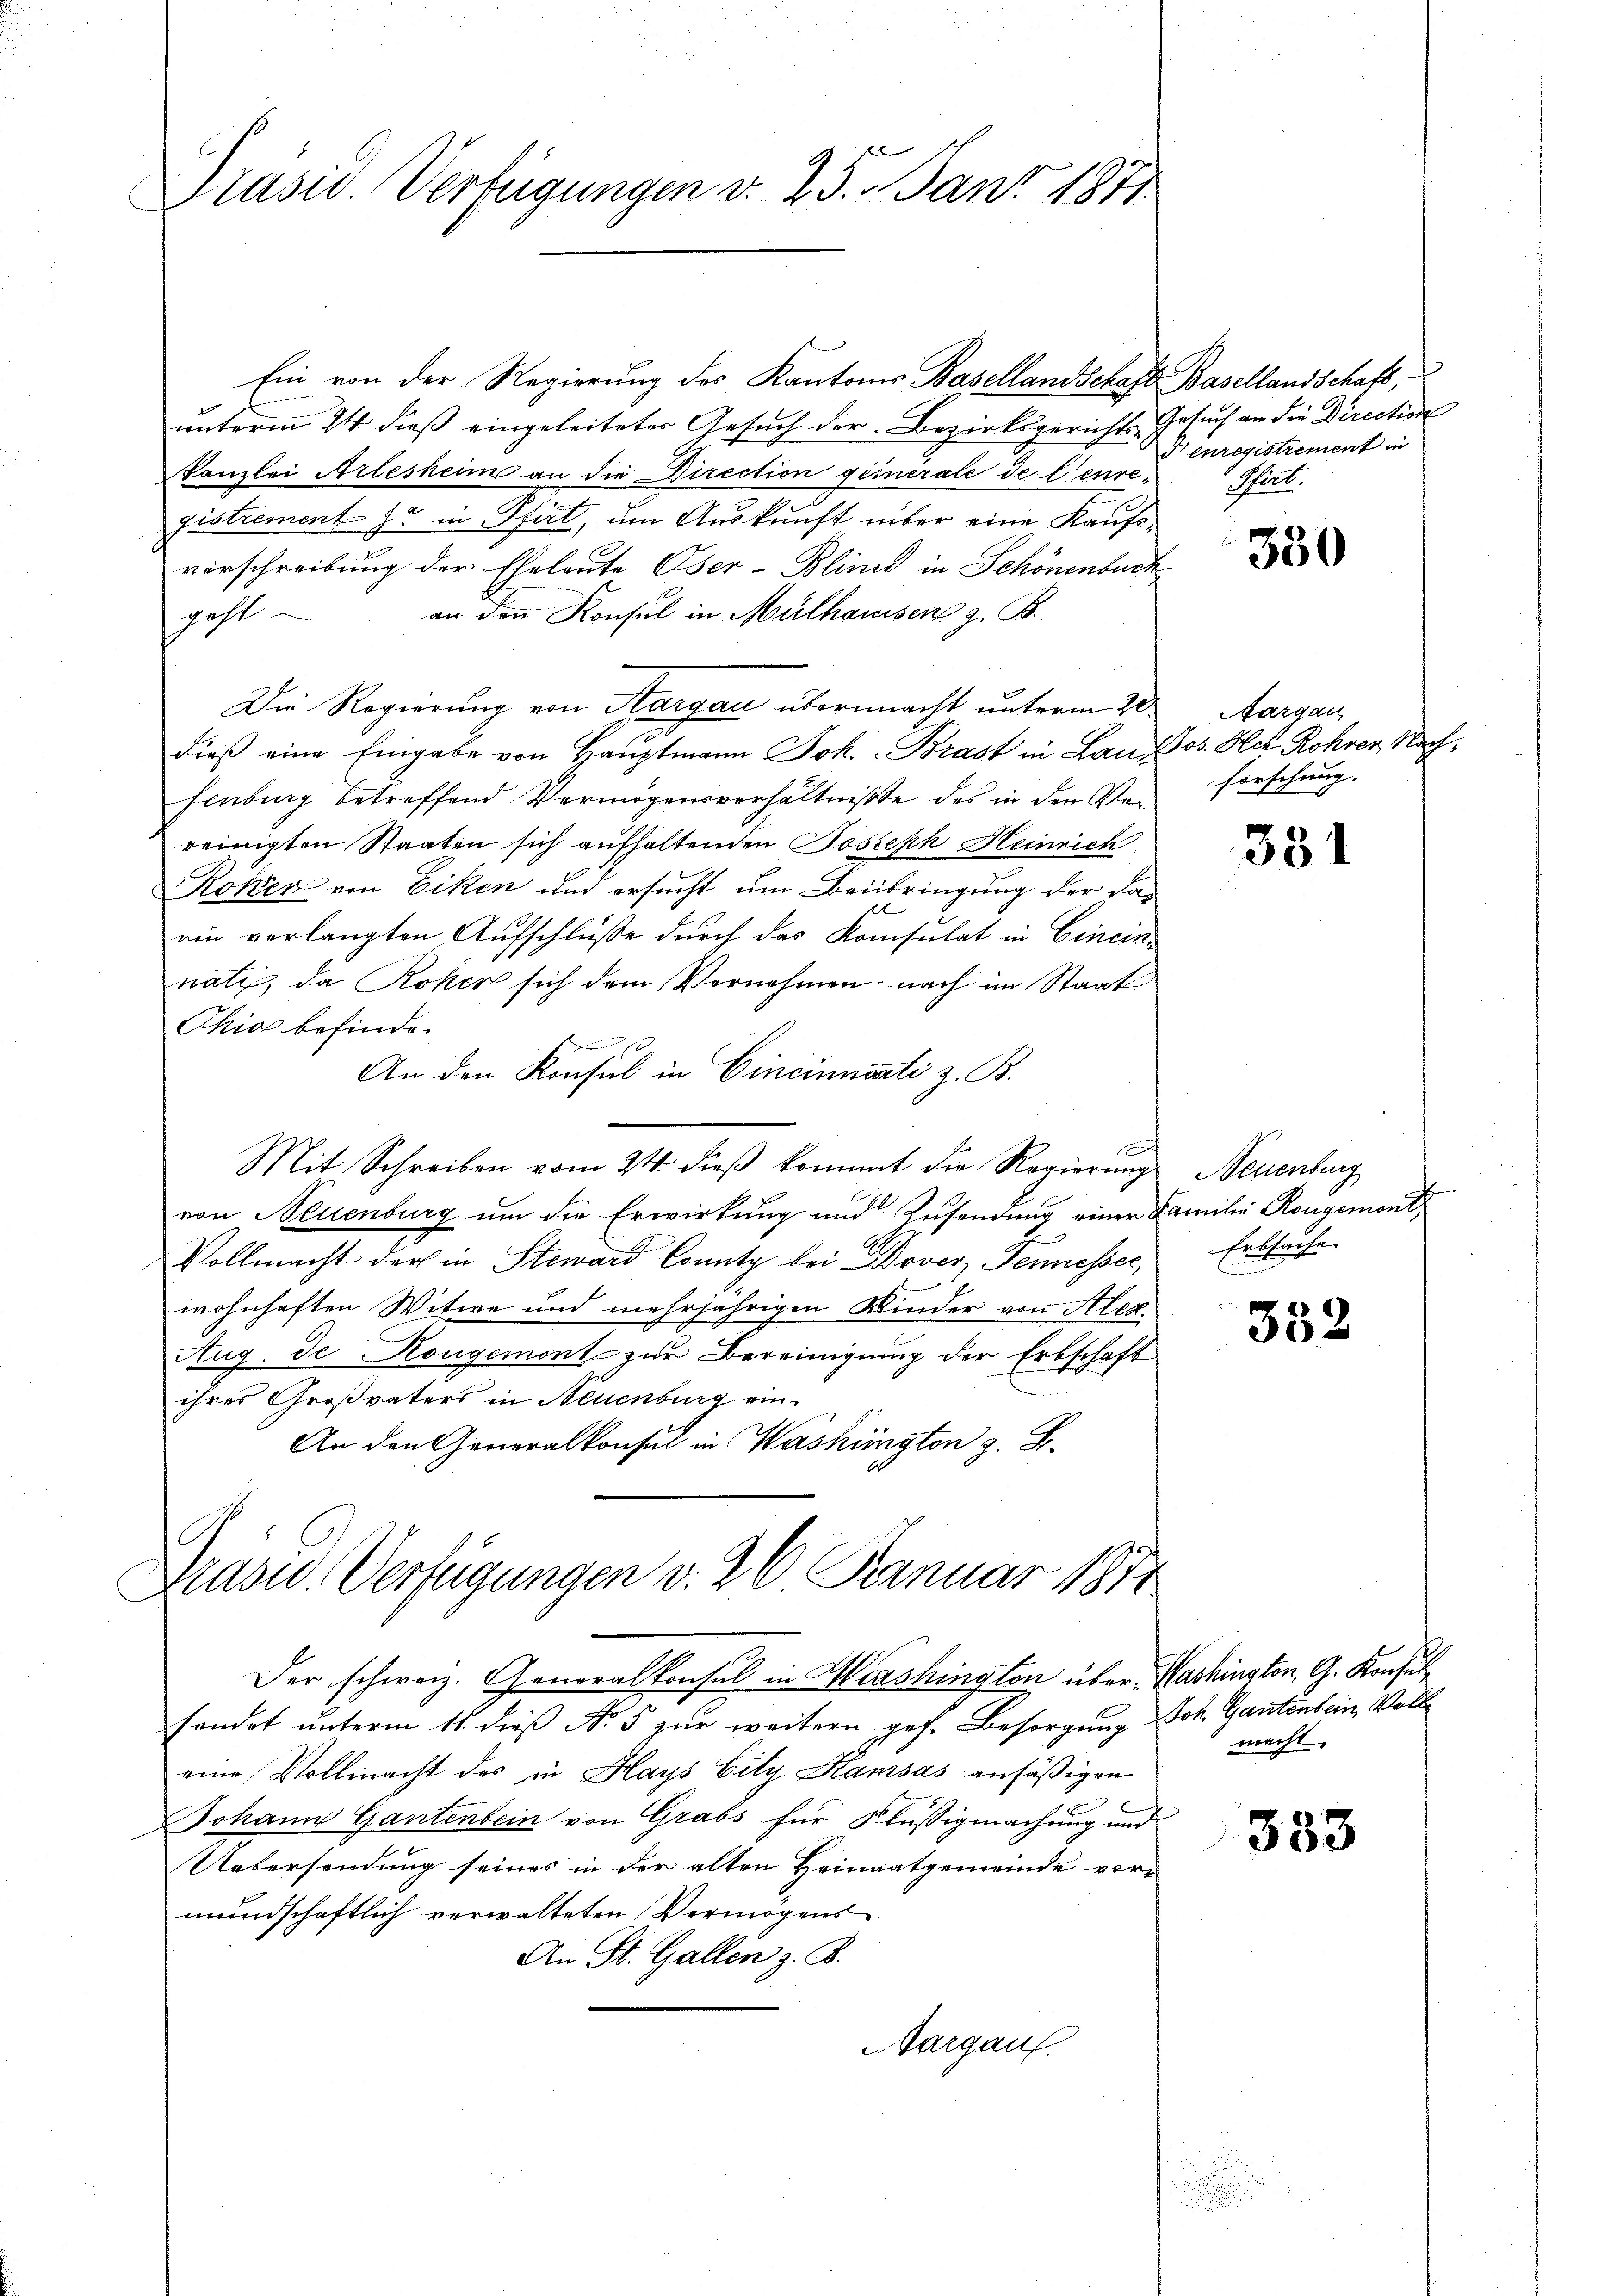
Prasw. Verfügungen v. 25. Janz 1871

Ein von der Regierung des Kantones Basellandschaft
unterm 24. dieß eingeleiteter Gesuch der Bezirksgerichts-Gesuch an die Direction
kanzlei Arlesheine an die Direction geinerale de l’enregistrement zu in Pfirt, um Auskunft über eine Kaufsvorschreibung der Eheleute Oser-Blind in Schönenbur
an den Konsul in Mülhausen z. B.
geht
Die Regierung von Aargau übermacht unterm 28
dieß eine Eingabe von Hauptmann Joh. Brast in Laufenburg betreffend Vermögensverhältniße des in den Verreinigten Staaten sich aufhaltenden Joseph Heinrich
Roken von Ecken und ersucht um Beibringung der da¬
1
rin verlangten Aufschluße durch das Konsulat in Cincinnatz, da Roher sich dem Vornehmen, nach im Staat
Ohio befinde.

An den Konsul in Cincinnarti z. B.
Mit Schreiben vom 21 dieß kommt die Regierung
von Neuenburg um die Erwirkung und Zusendung einer
Vollmacht der in Steward Conntz bei Dover, Jennesser,
E
wohnhaften Witwe und mehrjährigen Kinder von Alex
Aug. de Kongemont zur Bereinigung der Erbschaft
ihres Großvaters in Neuenburg ein¬
An den Generalkonsul in Washington z. B.

.
Präsid.. Verfügungen v. 26 Januar 1874

Der schweiz. Generalkonsul in Haushington über. Washinston, G. Konsul
sendet unterm 11. dieß Nr. 5 zur weitern ges. Besorgung Joh. Gantenbein Volleine Vollmacht des in Hays Eity Kamsas ansäßigen
Johann Gantenbein von Grabs für Flüssigmachung und
Uebersendung seines in der alten Heimatgemeinde vor-
mundschaftlich verwalteten Vermögens
An St. Gallen z. B.
Margau.

Basellandschaft,
 enregistrement in
Mart.

330

Aargau
Jos. Hch. Rohren, Nach¬
Forschung.

331

Neuenburg
Familie Rougemont
Erbsache

352

macht.

333